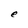
Character: e